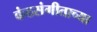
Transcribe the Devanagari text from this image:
कंठसंगीताच्या